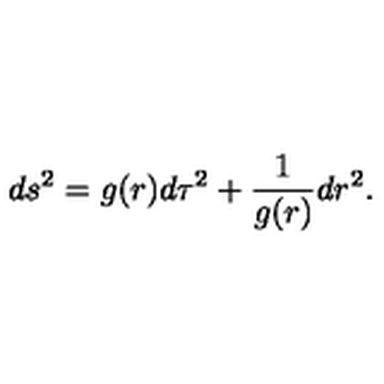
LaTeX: d s ^ { 2 } = g ( r ) d \tau ^ { 2 } + { \frac { 1 } { g ( r ) } } d r ^ { 2 } .